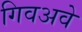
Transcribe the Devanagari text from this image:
गिवअवे